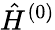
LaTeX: \hat{H}^{(0)}